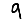
Digit: 9